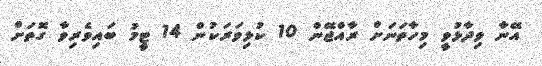
އޭނާ ވިދާޅުވީ މިހާތަނަށް ރާއްޖޭން 10 ކުޅިވަރަކުން 14 ޓީމު ބައިވެރިވާ ގޮތަށް